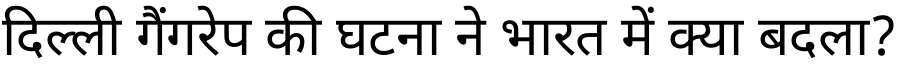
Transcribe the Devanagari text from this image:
दिल्ली गैंगरेप की घटना ने भारत में क्या बदला?